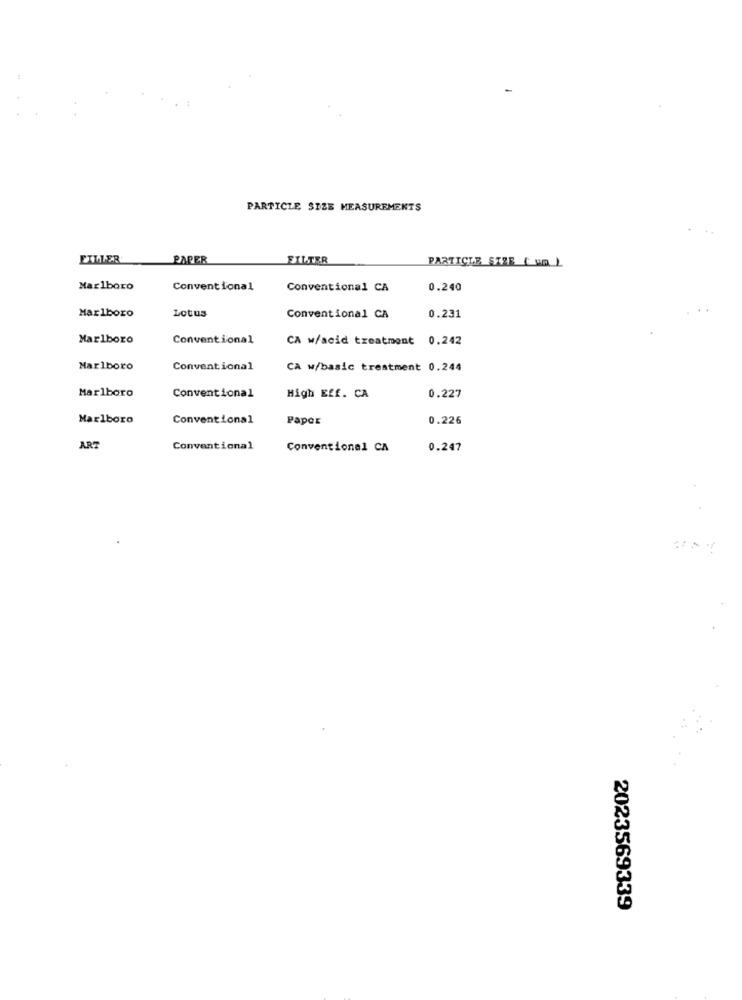
PARTICLE SIZE MEASUREMENTS
EILLER
PAPER
FILTER
PARTICLE SIZE ( Va )
Marlboro
Conventional
Conventional CA
0.240
Marlboro
Lotus
Conventional CA
0.231
Marlboro
Conventional
CA w/acid treatment
0.242
Marlboro
Conventional
CA w/basic treatment 0.244
Marlboro
Conventional
High Eff. CA
0.227
Marlboro
Conventional
Paper
0.226
ART
Conventional
Conventional CA
0.247
2023569339